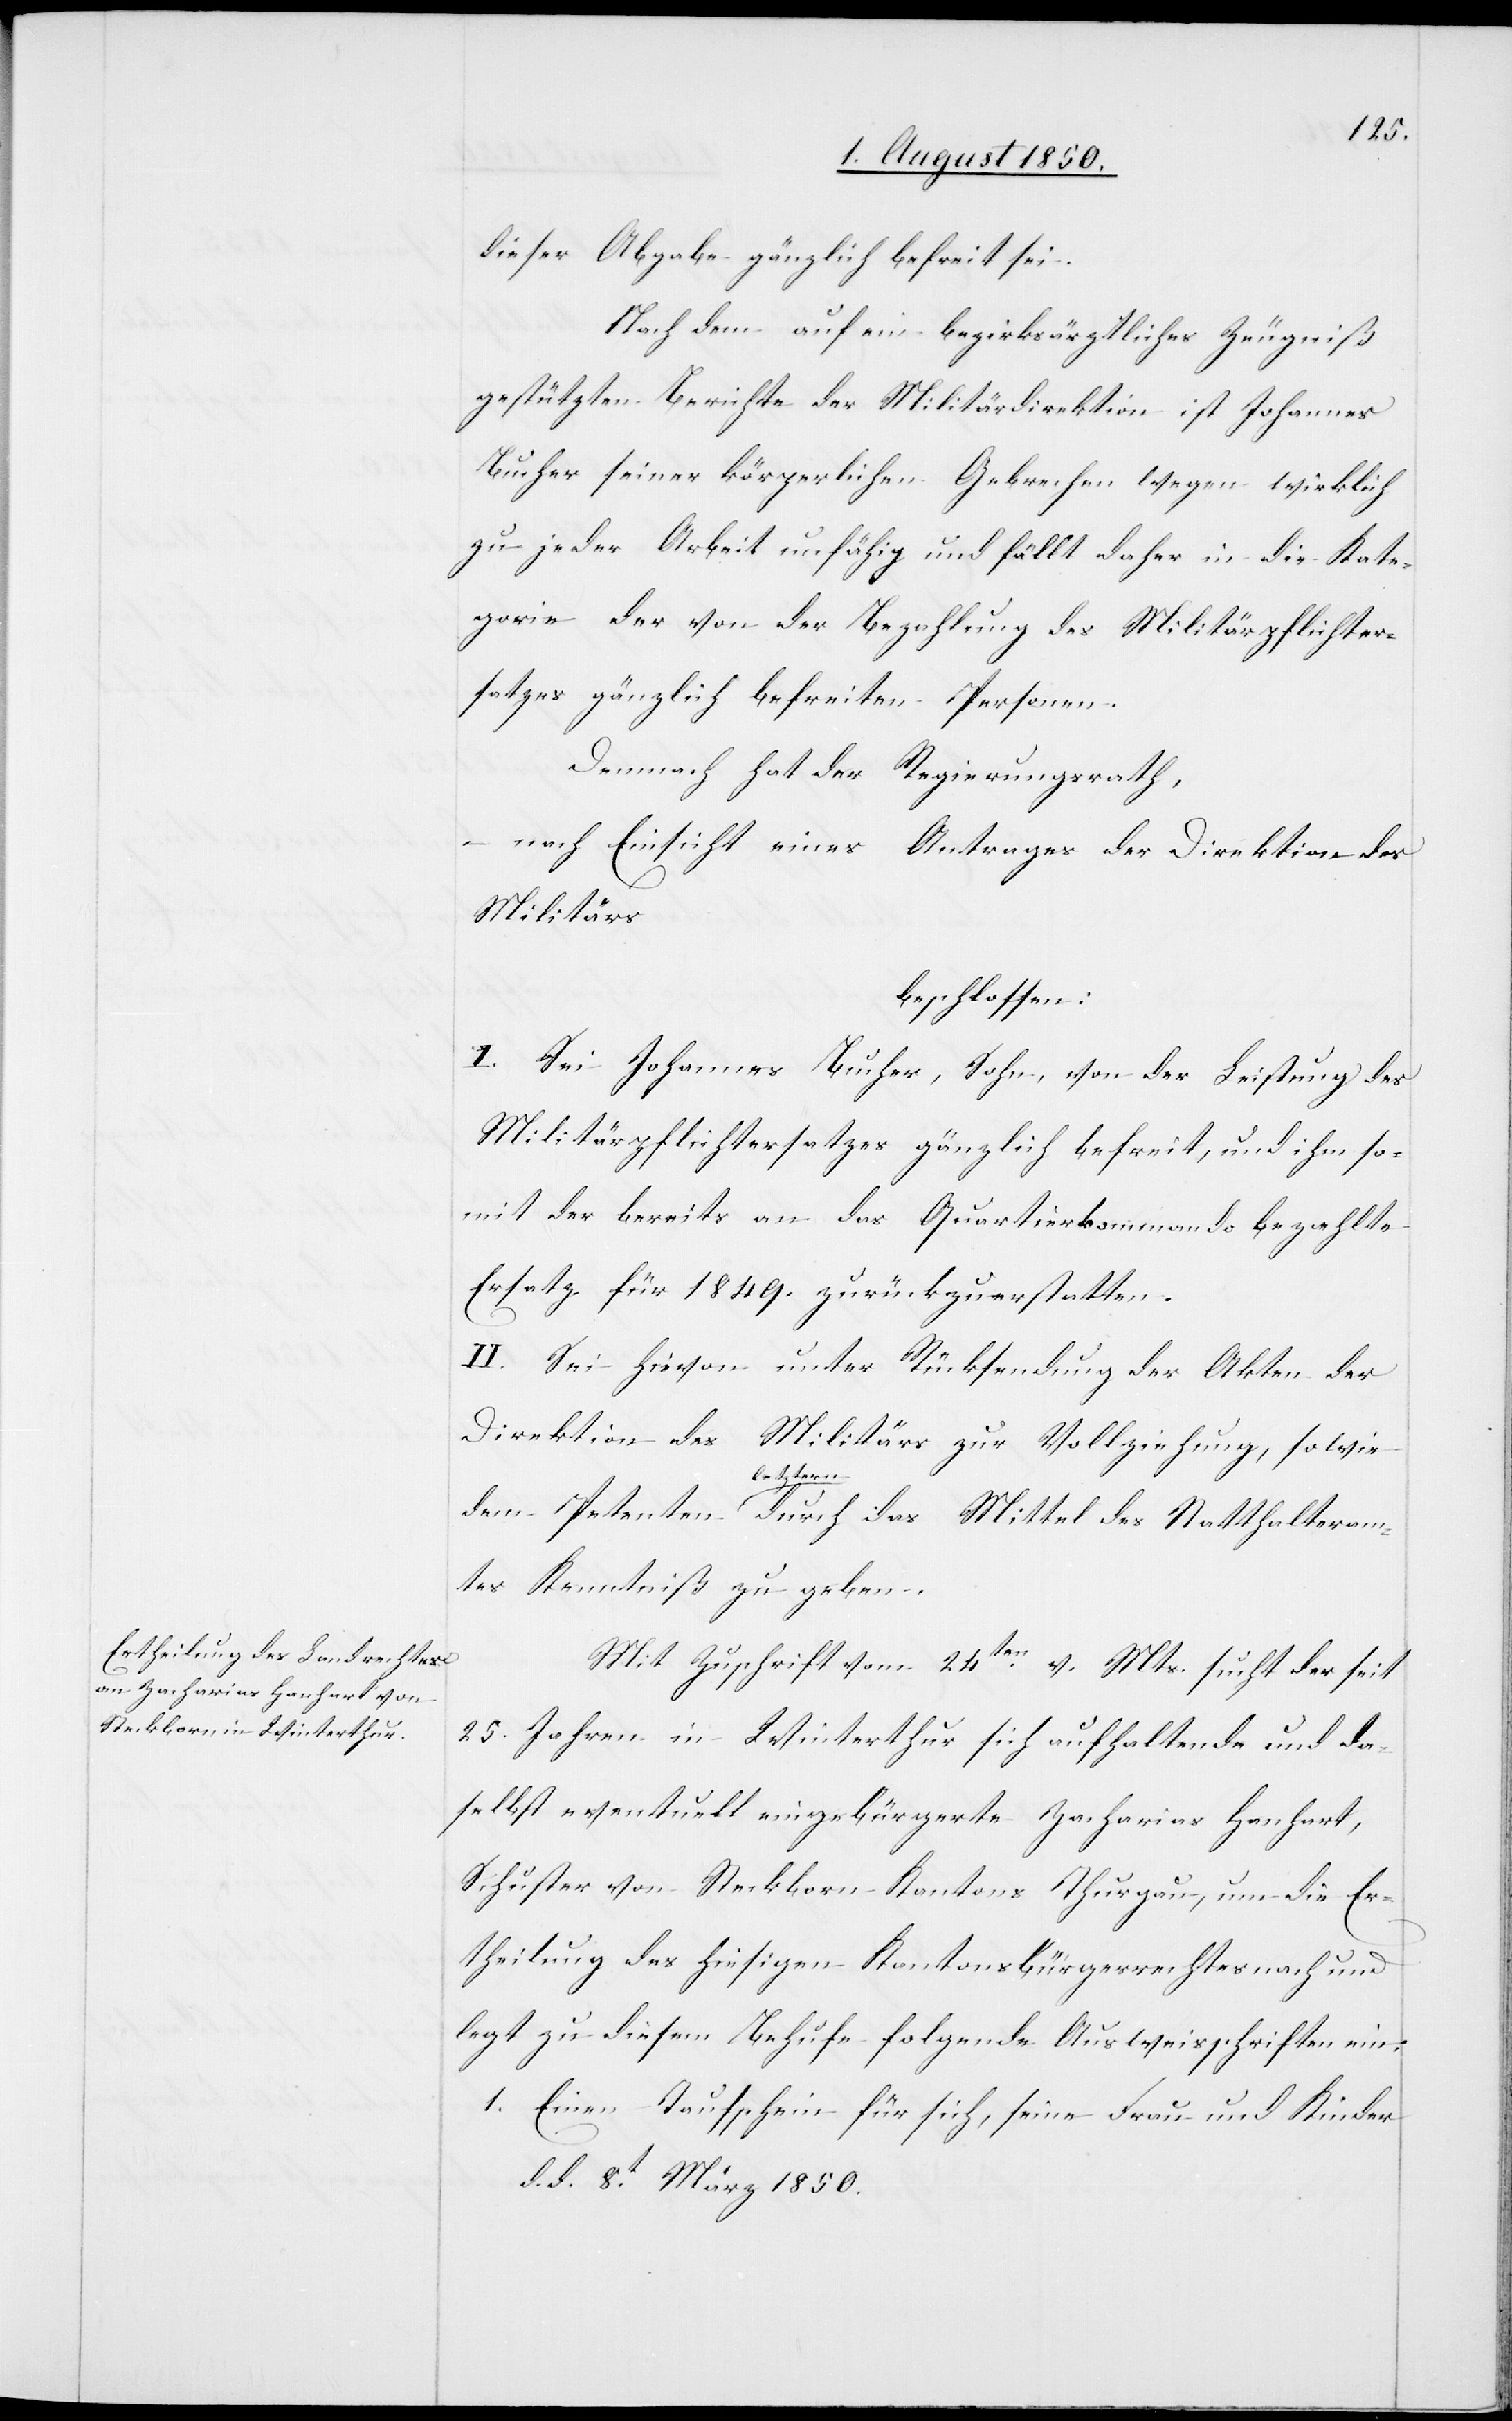
dieser Abgabe gänzlich befreit sei.
Nach dem auf ein bezirksärztliches Zeugniß
gestützten Berichte der Militärdirektion ist Johannes
Bucher seiner körperlichen Gebrechen wegen wirklich
zu jeder Arbeit unfähig und fällt daher in die Kate¬
gorie der von der Bezahlung des Militärpflichter¬
satzes gänzlich befreiten Personen.
Demnach hat der Regierungsrath,
– nach Einsicht eines Antrages der Direktion des
Militärs
beschlossen:
I. Sei Johannes Bucher, Sohn, von der Leistung des
Militärpflichtersatzes gänzlich befreit, und ihm so¬
mit der bereits an das Quartierkommando bezahlte
Ersatz für 1849. zurückzuerstatten.
II. Sei hievon unter Rücksendung der Akten der
Direktion des Militärs zur Vollziehung, sowie
Peten¬
ten letztern durch das Mittel des Statthalteram¬
tes Kenntniß zu geben.
Mit Zuschrift vom 24ten v. Mts. sucht der seit
25. Jahren in Winterthur sich aufhaltende und da¬
selbst eventuell eingebürgerte Zacharias Hanhart,
Schuster von Steckborn Kantons Thurgau, um die Er¬
theilung des hiesigen Kantonsbürgerrechtes nach und
legt zu diesem Behufe folgende Ausweisschriften ein:
1. Einen Taufschein für sich, seine Frau und Kinder
d. d. 8t März 1850.